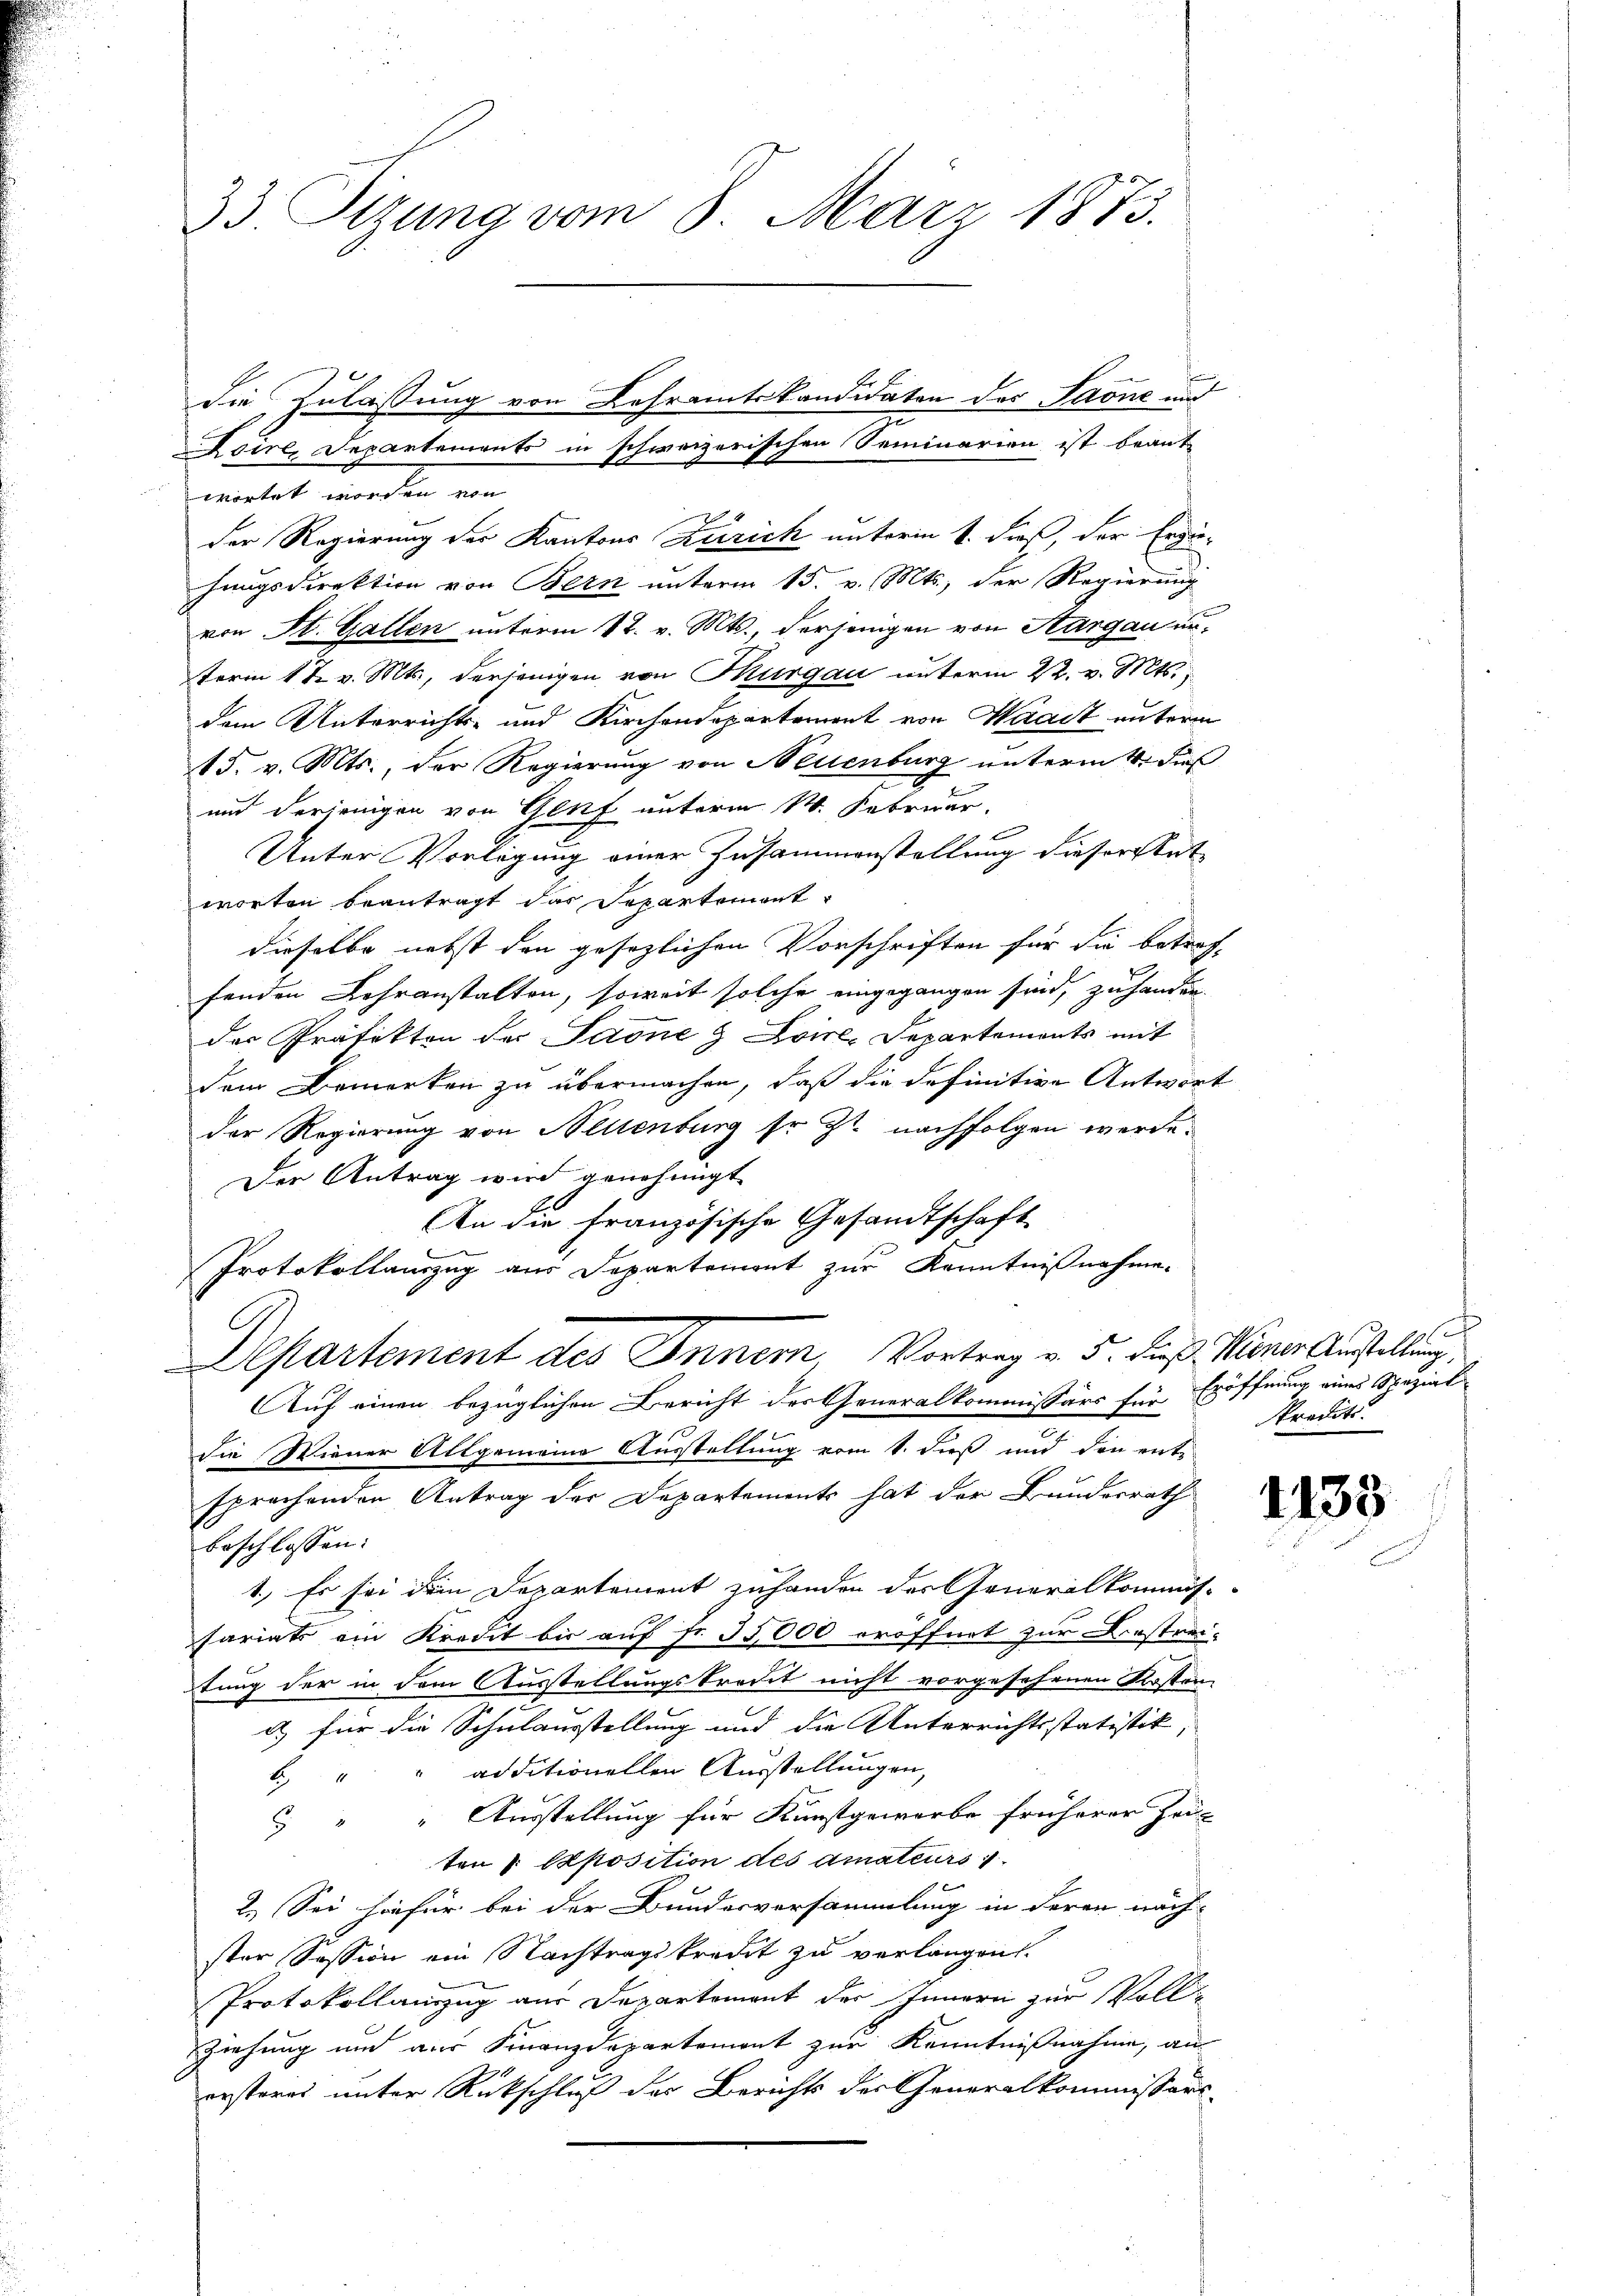
33. Stzung vom 8. März 1873.

wortet worden von
Der Regierung der Kantons Zürich unterm 1. dieß, der Ergühangsdirektion von Bern unterm 15. v. Mts., der Regierung
von St. Gallen unterm 17. v. Mts., derjenigen von Aargau unterm 17. v. Mts., derjenigen von Thurgau unterm 22. v. Mts.,
dem Unterrichts- und Kirchendepartement von Waadt unterm
15. v. Mts., der Regierung von Neuenburg unterm 4. dies
und derjenigen von Genf unterm 14. Februar,
Unter Vorlegung einer Zusammenstellung dieser Stat
worten beantragt das Departement
dieselbe nebst den gesezlichen Vorschriften für die betreffenden Lehranstalten, soweit solche eingegangen sind, zu hander
der Präfekten der Saone & Loire, Departements mit
dem Bemerken zu übermachen, daß die definitive Antwort
der Regierung von Wettenburg so zu nachfolgen werde.
Der Antrag wird genehmigt
An die französische Gesandtschaft
Protokollauszug aus Departement zur Kenntnißnahme.
Departement des Inner Vortrag v. 5. dieß. Wiener Austellung,
Auf einen bezüglichen Bericht der Generalkommissärs für Eröffnung eines Spezial
die Wiener Allgemeine Ausstellung vom 1. dieß und den ent-
sprechenden Antrag der Departements hat der Bundesrath
beschlossen:
1.) Es sei dem Departement zuhanden der Generalkommis-
fariats ein Kredit bis auf fr. 35,000 eröffnet zur Krastrei-
tung der in dem Ausstellungskredit nicht vorgesehenen Kosten
d für die Schulausstellung und die Unterrichtsstatistik,
b, " " additionellen Ausstellungen,
 " " Ausstellung für Kunstgeworbe früherer Zeit
ten 1 Sposition des Amateurs
2.) Sei hiefür bei der Bundesversammlung in deren näch-
ster Session ein Nachtragskredit zu verlangen.
Protokollauszug aus Departement des Innern zur Voll-
Ziehung und aus Finanzdepartemont zur Kenntnißnahme, an
ersteres unter Rückschluß der Berichts der Generalkommissärs

die Zulassung von Lehramtskandidaten des Laone und
Loire, Departements in schweizerischen Seminarien ist beant¬

Stredit.

1133